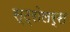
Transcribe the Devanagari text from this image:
स्ट्रोलर्स